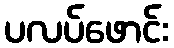
ပလပ်ဖောင်း